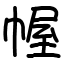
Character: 幄